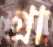
গ্রা